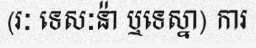
(រៈ ទេសៈន៉ា ឬទេស្នា) ការ